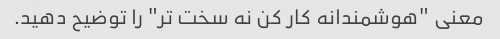
معنی "هوشمندانه کار کن نه سخت تر" را توضیح دهید.